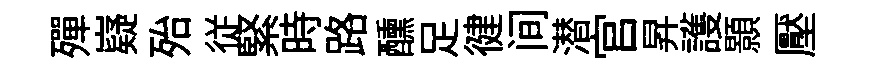
殫嶷殆従緊時路醺足徤间潜官昇護顥壓